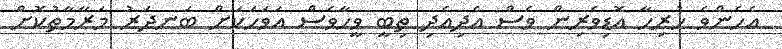
އެހެންވެ ހުރިހާ އޮޑިވެރިން ވެސް އެދިއެދި ތިބީ ވީހާވެސް އަވަހަކަށް ބަނދަރު މަރާމާތުކޮށް